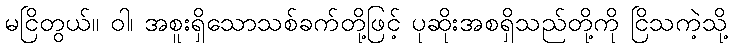
မငြိတွယ်။ ဝါ၊ အစူးရှိသောသစ်ခက်တို့ဖြင့် ပုဆိုးအစရှိသည်တို့ကို ငြိသကဲ့သို့